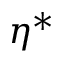
\eta ^ { * }